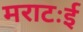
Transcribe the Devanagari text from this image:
मराटःई